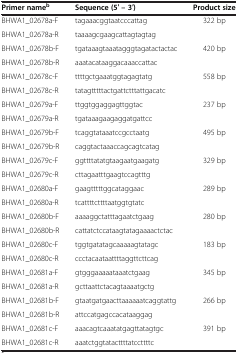
| Primer nameb | Sequence (5′ – 3′) | Product size |
 | --- | --- | --- |
 | BHWA1_02678a-F | tagaaacggtaatcccattag | 322 bp |
 | BHWA1_02678a-R | taaaagcgaagcattagtagtag |  |
 | BHWA1_02678b-F | tgataaagtaaatagggtagatactactac | 420 bp |
 | BHWA1_02678b-R | aaatacataaggacaaaccattac |  |
 | BHWA1_02678c-F | ttttgctgaaatggtagagtatg | 558 bp |
 | BHWA1_02678c-R | tatagtttttactgattctttattgacatc |  |
 | BHWA1_02679a-F | ttggtggaggagttggtac | 237 bp |
 | BHWA1_02679a-R | tgataaagaagaggatgattcc |  |
 | BHWA1_02679b-F | tcaggtataaatccgcctaatg | 495 bp |
 | BHWA1_02679b-R | caggtactaaaccagcagtcatag |  |
 | BHWA1_02679c-F | ggttttatatgtaagaatgaagatg | 329 bp |
 | BHWA1_02679c-R | cttagaatttgaagtccagtttg |  |
 | BHWA1_02680a-F | gaagtttttggcataggaac | 289 bp |
 | BHWA1_02680a-R | tcattttcttttaatggtgtatc |  |
 | BHWA1_02680b-F | aaaaggctatttagaatctgaag | 280 bp |
 | BHWA1_02680b-R | cattatctccataagtatagaaaactctac |  |
 | BHWA1_02680c-F | tggtgatatagcaaaaagtatagc | 183 bp |
 | BHWA1_02680c-R | ccctacaataattttaggttcttcag |  |
 | BHWA1_02681a-F | gtgggaaaaataaatctgaag | 345 bp |
 | BHWA1_02681a-R | gcttaattctacagtaaaatgctg |  |
 | BHWA1_02681b-F | gtaatgatgaacttaaaaaatcaggtattg | 266 bp |
 | BHWA1_02681b-R | attccatgagccacataaggag |  |
 | BHWA1_02681c-F | aaacagtcaaatatgagttatagtgc | 391 bp |
 | BHWA1_02681c-R | aaatctggtatacttttatccttttc |  |